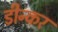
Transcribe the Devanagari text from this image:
डीन्कर